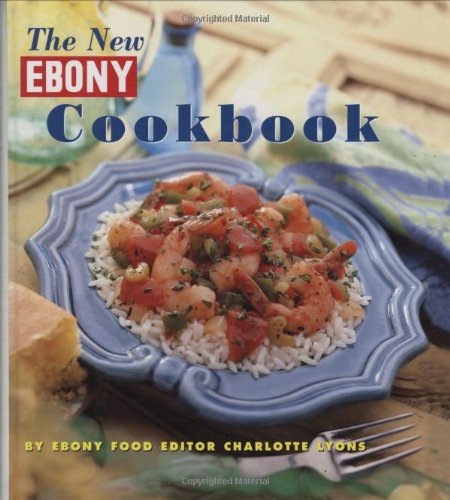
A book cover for The New Ebony Cookbook; Charlotte Lyons; Cookbooks, Food & Wine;